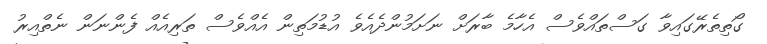
ގޯތިތެރޭގައިވާ ގަސްތައްވެސް އެހާމެ ބާރަށް ނަށަމުންދެއެވެ އުޑުމަތިން އެއްވެސް ތަރިއެއް ފެންނަން ނެތްއިރު